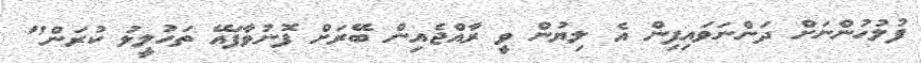
ފުލުހުންނަށް ދަންނަވައިފިން އެ ލިޔުން ވީ ރާއްޖެއިން ބޭރަށް ފޮނުވާފައޭ ތަހުލީލު ކުރަން"